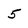
Character: 5